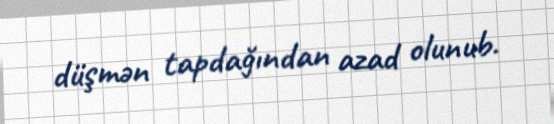
düşmən tapdağından azad olunub.